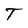
Character: T